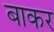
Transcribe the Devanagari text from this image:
बाकर